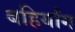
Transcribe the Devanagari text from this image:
बहिर्यांग